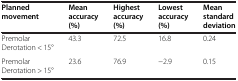
<table><thead><tr><td><b>Planned movement</b></td><td><b>Mean accuracy (%)</b></td><td><b>Highest accuracy (%)</b></td><td><b>Lowest accuracy (%)</b></td><td><b>Mean standard deviation</b></td></tr></thead><tbody><tr><td>Premolar Derotation &lt; 15°</td><td>43.3</td><td>72.5</td><td>16.8</td><td>0.24</td></tr><tr><td>Premolar Derotation &gt; 15°</td><td>23.6</td><td>76.9</td><td>-2.9</td><td>0.15</td></tr></tbody></table>